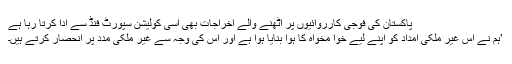
پاکستان کی فوجی کارروائیوں پر اٹھنے والے اخراجات بھی اسی کولیشن سپورٹ فنڈ سے ادا کرتا رہا ہے
’ہم نے اس غیر ملکی امداد کو اپنے لیے خوا مخواہ کا ہوّا بنایا ہوا ہے اور اس کی وجہ سے غیر ملکی مدد پر انحصار کرتے ہیں۔